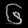
Digit: ၆